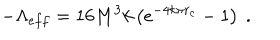
- \Lambda _ { e f f } = 1 6 M ^ { 3 } k \left( e ^ { - 4 k \pi r _ { c } } - 1 \right) \ .